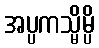
အပ္ပကသ္မိမ္ပိ